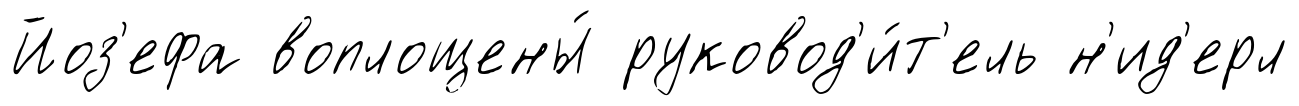
Йоз'ефа воплощены́ руковод'и́т'ель н'ид'ерл